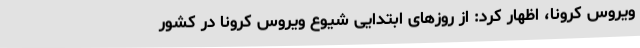
ویروس کرونا، اظهار کرد: از روزهای ابتدایی شیوع ویروس کرونا در کشور